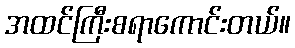
အထင်ကြီးစရာကောင်းတယ်။